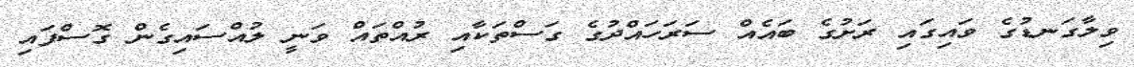
ވިލާގަނޑުގެ ވައިގައި ރަށުގެ ބައެއް ސަރަހައްދުގެ ގަސްތަކާއި ރުއްތައް ވަނީ ލުއްސައިގެން ގޮސްފައި